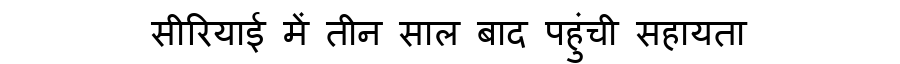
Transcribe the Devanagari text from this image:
सीरियाई में तीन साल बाद पहुंची सहायता